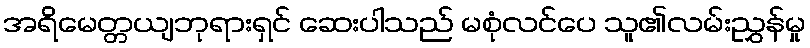
အရိမေတ္တယျဘုရားရှင် ဆေးပါသည် မစုံလင်ပေ သူ၏လမ်းညွှန်မှု